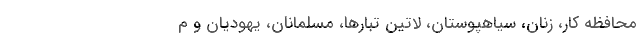
محافظه کار، زنان، سیاهپوستان، لاتین تبارها، مسلمانان، یهودیان و م